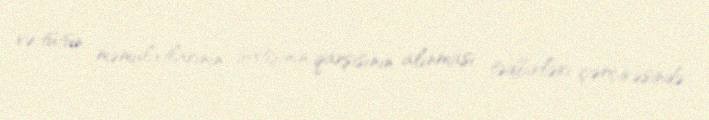
və tütün məmulatlarının satışının qarşısının alınması tədbirləri çərçivəsində